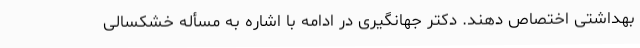
بهداشتی اختصاص دهند. دکتر جهانگیری در ادامه با اشاره به مسأله خشکسالی